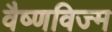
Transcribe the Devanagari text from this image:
वैष्णविज्म